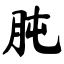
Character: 肫